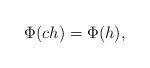
LaTeX: \begin{align*}\Phi(ch)=\Phi(h),\end{align*}